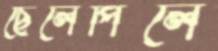
ছেলেপিলে